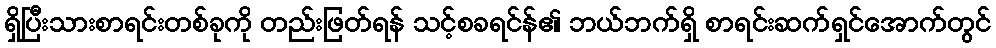
ရှိပြီးသားစာရင်းတစ်ခုကို တည်းဖြတ်ရန် သင့်စခရင်န်၏ ဘယ်ဘက်ရှိ စာရင်းဆက်ရှင်အောက်တွင်